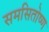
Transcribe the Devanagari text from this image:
समसितोष्ण